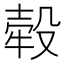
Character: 𣪬